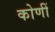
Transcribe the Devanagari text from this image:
कोणीं